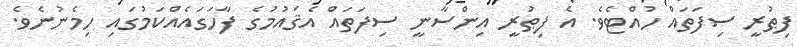
ފިޠުރީ ސިފަތައް ހުއްޓެވެ. އެ ފިޠުރީ އިންސާނީ ސިފަތައް އެޤައުމުގެ ފާހަގައެއްކަމުގައި ހިމެނުނެވެ.